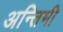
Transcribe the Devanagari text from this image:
अन्तिमी